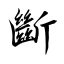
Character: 斷